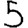
Digit: 5